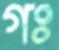
গঃ